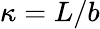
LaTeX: \kappa=L/b